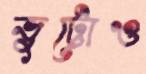
ভুট্টোও